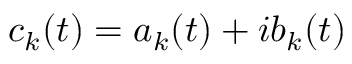
c _ { k } ( t ) = a _ { k } ( t ) + i b _ { k } ( t )